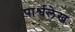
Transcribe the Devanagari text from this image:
पार्श्वलेख